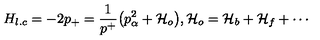
H _ { l . c } = - 2 p _ { + } = { \frac { 1 } { p ^ { + } } } \big ( { p _ { \alpha } ^ { 2 } + { \cal H } _ { o } } \big ) , { \cal H } _ { o } = { \cal H } _ { b } + { \cal H } _ { f } + \cdots